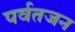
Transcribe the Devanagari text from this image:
पर्वतजन